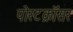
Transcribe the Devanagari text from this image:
पोस्टक्रॉसर